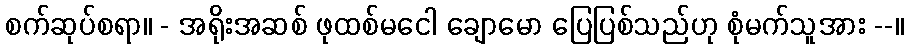
စက်ဆုပ်စရာ။ - အရိုးအဆစ် ဖုထစ်မငေါ ချောမော ပြေပြစ်သည်ဟု စုံမက်သူအား --။